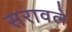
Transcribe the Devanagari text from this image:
सरावले